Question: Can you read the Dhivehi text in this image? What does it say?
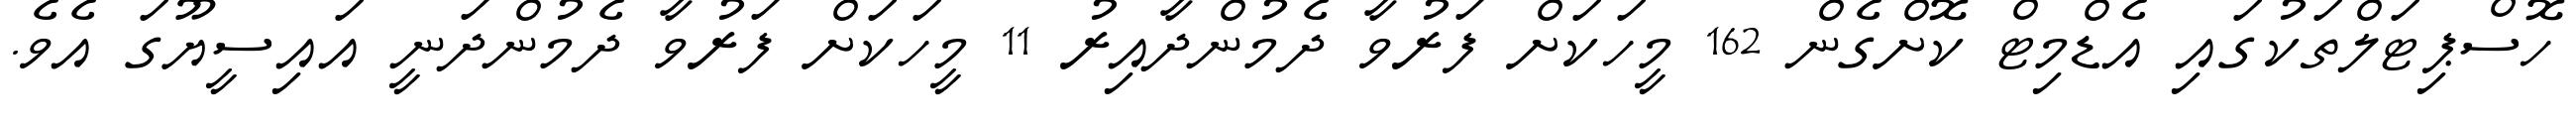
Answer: ހޮސްޕިޓަލްތަކުގައި އެޑްމިޓް ކޮށްގެން 162 މީހަކަށް ފަރުވާ ދެމުންދާއިރު 11 މީހަކަށް ފަރުވާ ދެމުންދަނީ އައިސީޔޫގަ އެވެ.